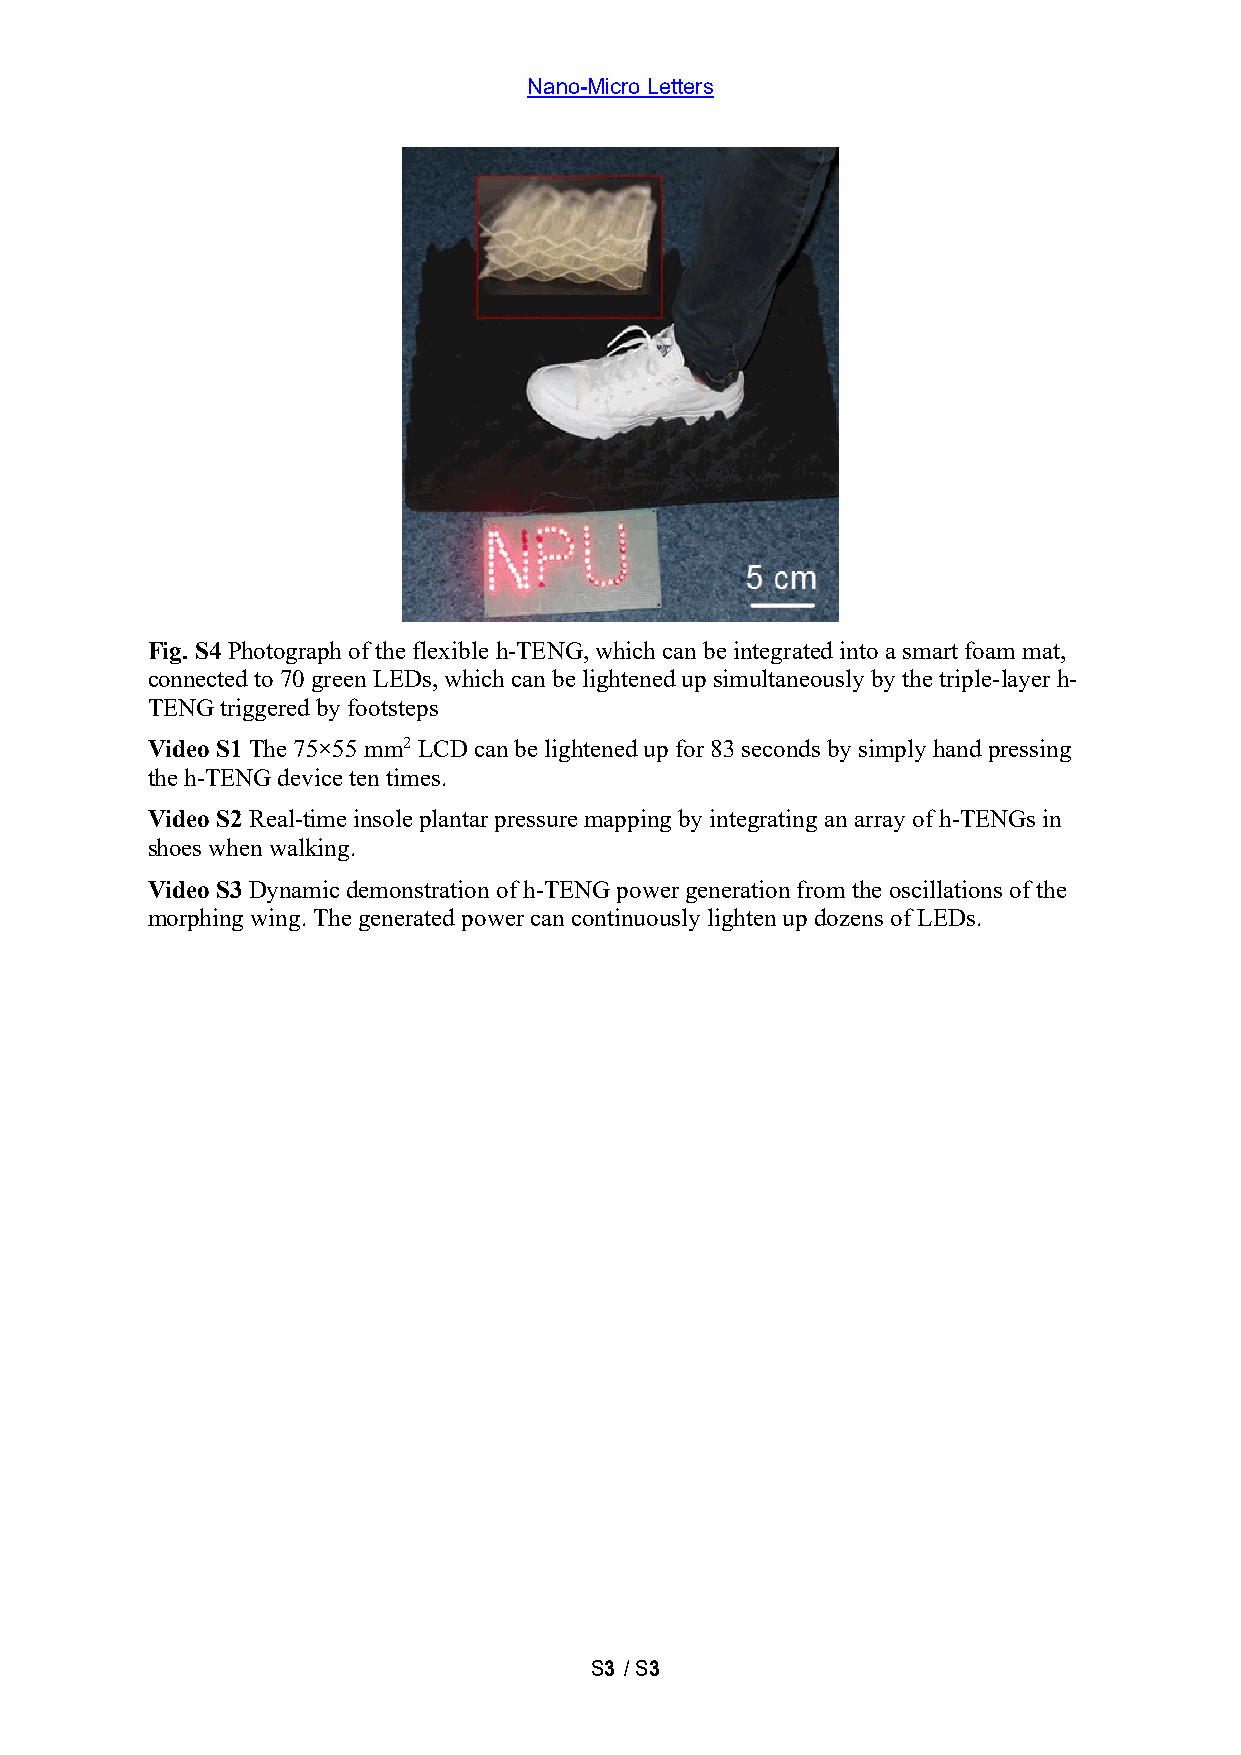
Nano-Micro Letters
 Fig. S4 Photograph of the flexible h-TENG, which can be integrated into a smart foam mat,
 connected to 70 green LEDs, which can be lightened up simultaneously by the triple-layer h-
 TENG triggered by footsteps
 Video S1 The 75×55 mm2 LCD can be lightened up for 83 seconds by simply hand pressing
 the h-TENG device ten times.
 Video S2 Real-time insole plantar pressure mapping by integrating an array of h-TENGs in
 shoes when walking.
 Video S3 Dynamic demonstration of h-TENG power generation from the oscillations of the
 morphing wing. The generated power can continuously lighten up dozens of LEDs.
 S3 / S3